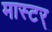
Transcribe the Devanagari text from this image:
मास्टर्